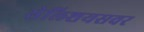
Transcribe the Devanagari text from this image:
सेल्शियसवर